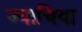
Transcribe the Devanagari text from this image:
ज्याचिया